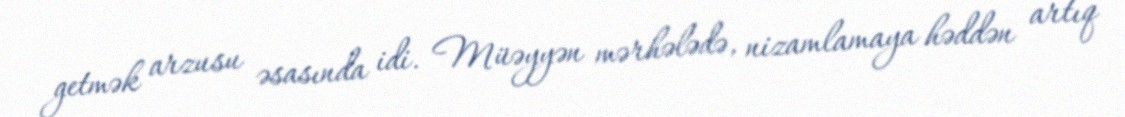
getmək arzusu əsasında idi. Müəyyən mərhələdə, nizamlamaya həddən artıq